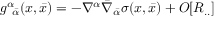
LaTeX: g _ { \; \; { \bar { \alpha } } } ^ { \alpha } ( x , { \bar { x } } ) = - \nabla ^ { \alpha } { \bar { \nabla } } _ { \bar { \alpha } } \sigma ( x , { \bar { x } } ) + O [ R _ { . . } ]